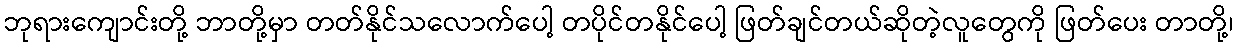
ဘုရားကျောင်းတို့ ဘာတို့မှာ တတ်နိုင်သလောက်ပေါ့ တပိုင်တနိုင်ပေါ့ ဖြတ်ချင်တယ်ဆိုတဲ့လူတွေကို ဖြတ်ပေး တာတို့၊